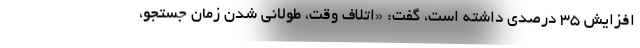
افزایش ۳۵ درصدی داشته است، گفت: «اتلاف وقت، طولانی شدن زمان جستجو،